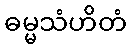
ဓမ္မသံဟိတံ